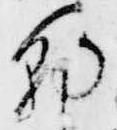
朝